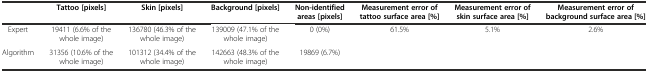
<table><thead><tr><td></td><td><b>Tattoo [pixels]</b></td><td><b>Skin [pixels]</b></td><td><b>Background [pixels]</b></td><td><b>Non-identified areas [pixels]</b></td><td><b>Measurement error of tattoo surface area [%]</b></td><td><b>Measurement error of skin surface area [%]</b></td><td><b>Measurement error of background surface area [%]</b></td></tr></thead><tbody><tr><td>Expert</td><td>19411 (6.6% of the whole image)</td><td>136780 (46.3% of the whole image)</td><td>139009 (47.1% of the whole image)</td><td>0 (0%)</td><td rowspan="2">61.5%</td><td rowspan="2">5.1%</td><td rowspan="2">2.6%</td></tr><tr><td>Algorithm</td><td>31356 (10.6% of the whole image)</td><td>101312 (34.4% of the whole image)</td><td>142663 (48.3% of the whole image)</td><td>19869 (6.7%)</td></tr></tbody></table>